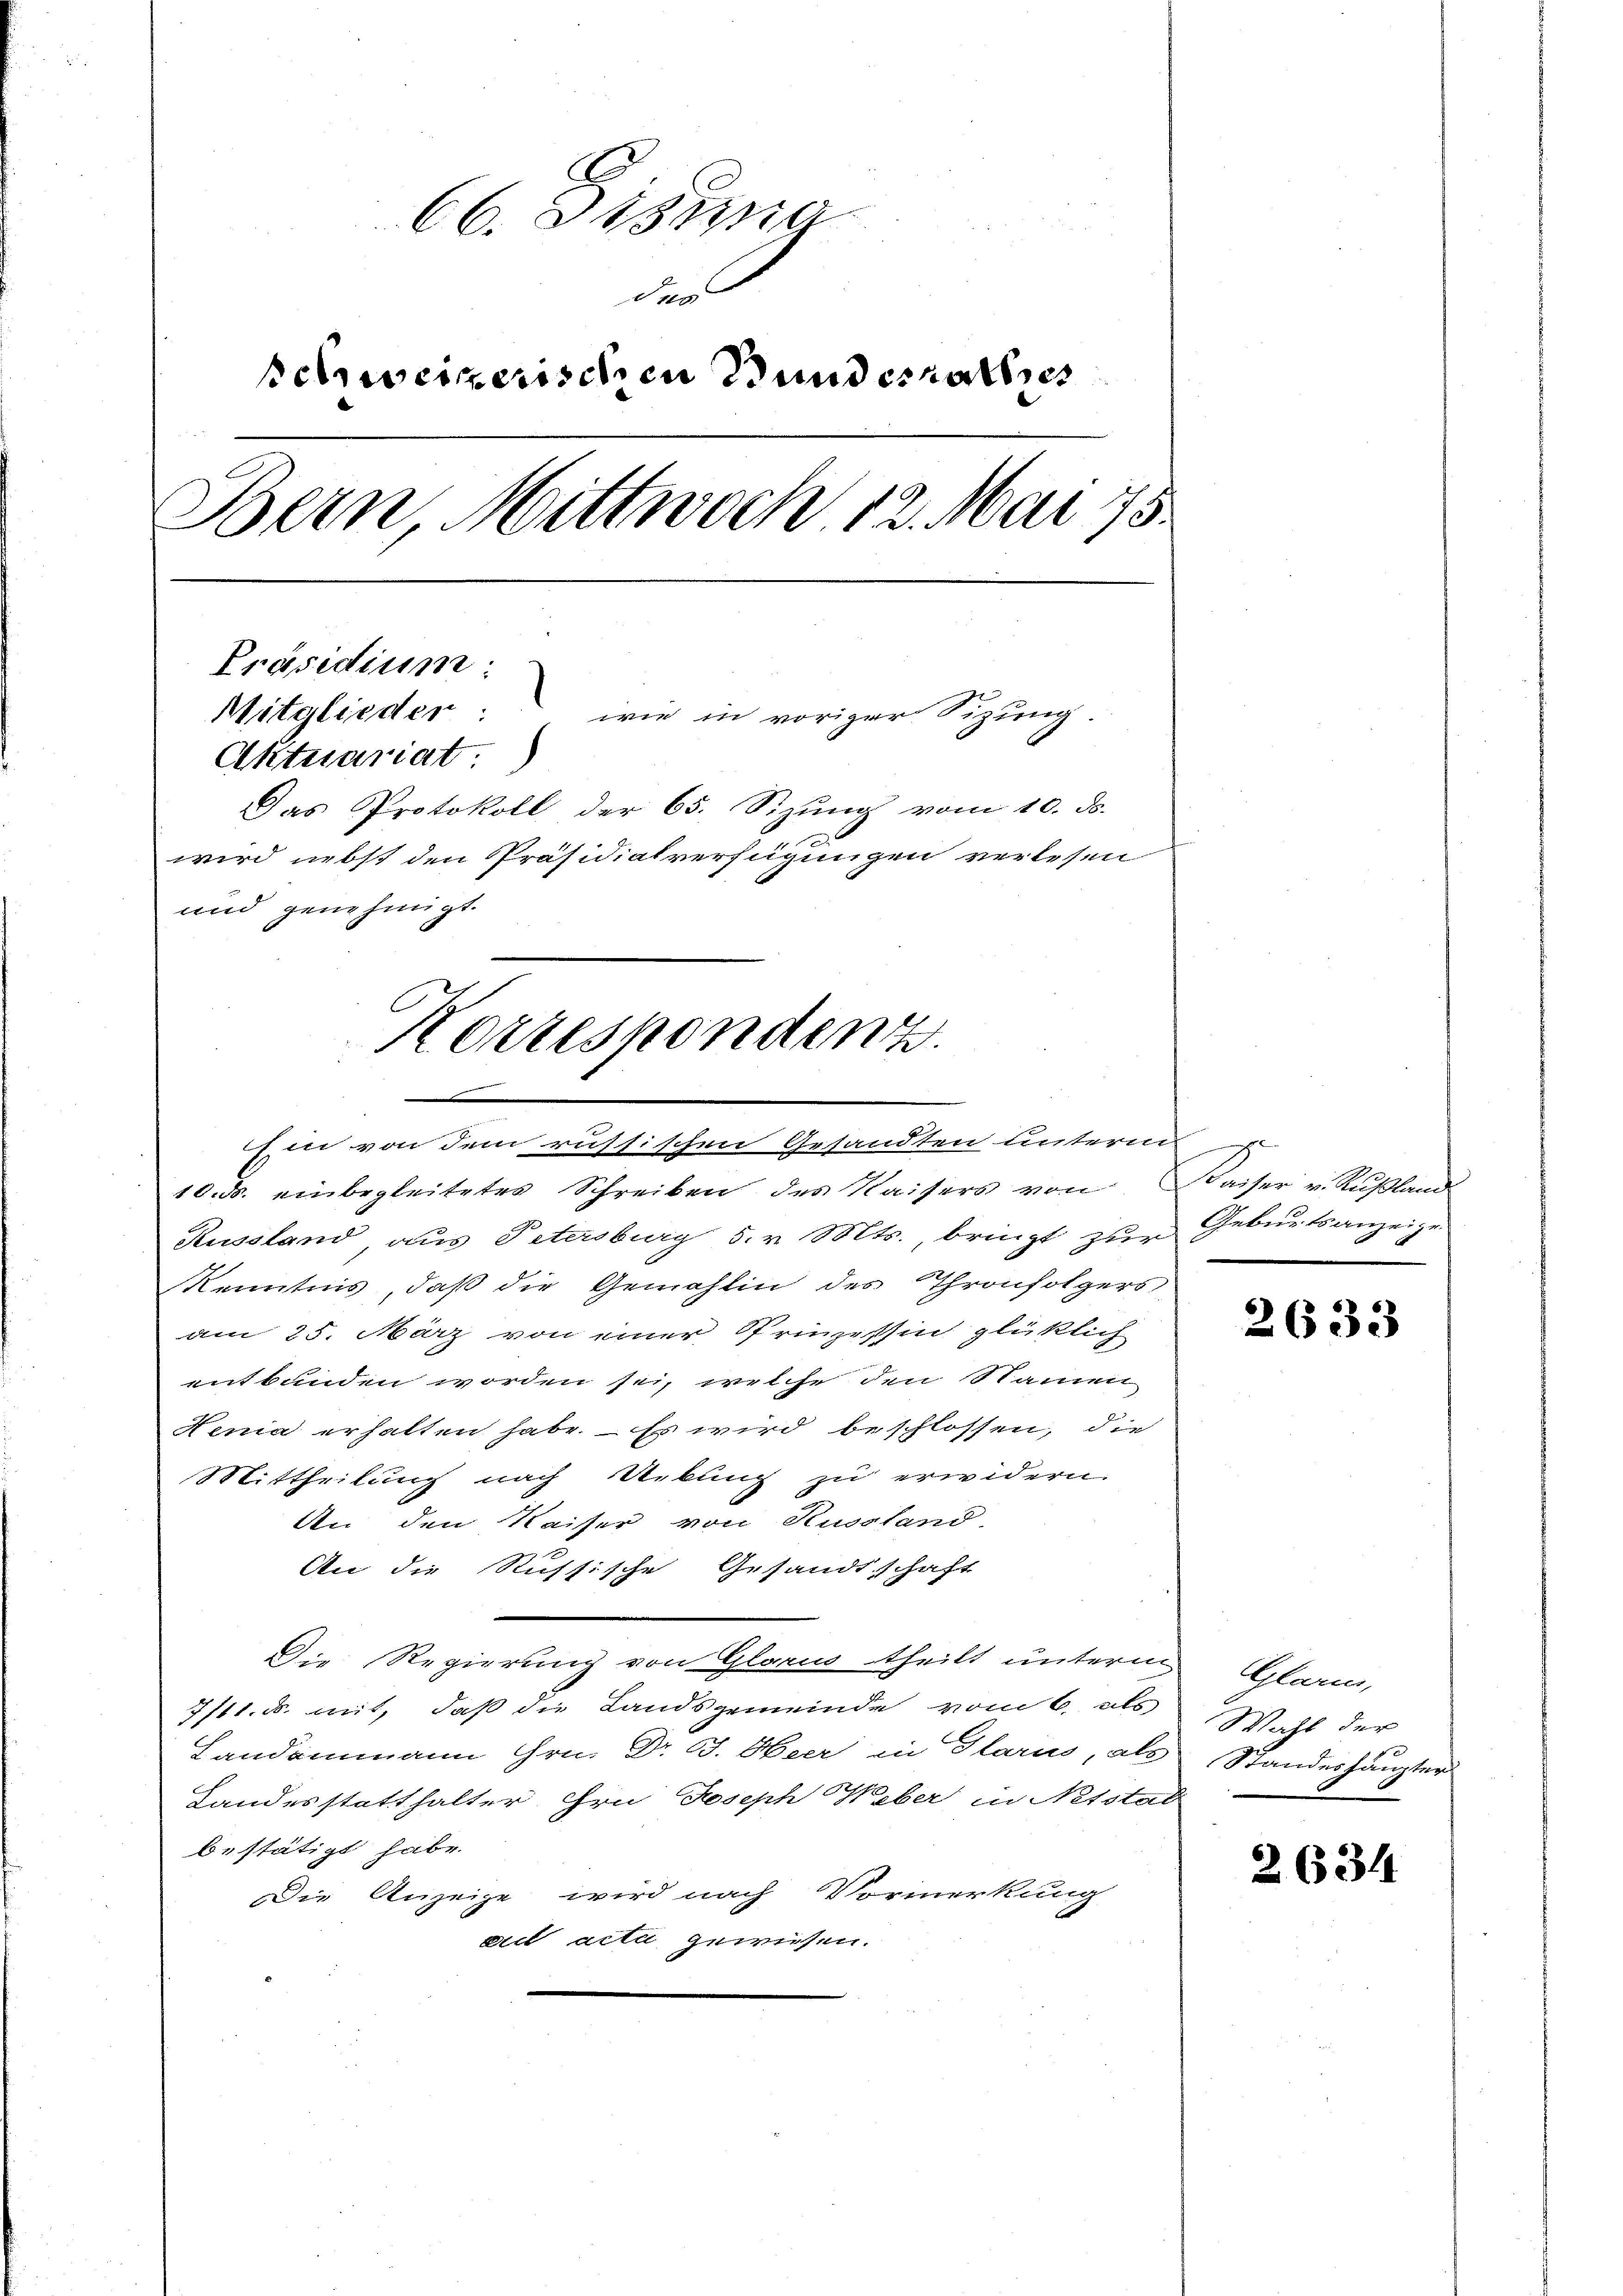
C
66. Distra
dus
schreizerischen Wundesrathes
Bern Mittwoch 12. Mai 175.
Präsidium:
Mitglieder:
wie in voriger Sitzung.
Attuariat.
Das Protokoll der 65. Sizung vom 10. ds.
wird nebst den Präsidialverfügungen verlesen
und genehmigt.

Korrespondenz.

Ein von dem russischen Gesandten unterm
10. ds. einbegleitetes Schreiben des Kaisers von Waiser v. Rußland
Russland aus Petersburg 5. v. Mts., bringt zur Geburtsanzeige
Kenntnis, daß die Gemahlin des Thronfolgers,
am 25. März von einer Prinzessin glücklich
entbunden worden sei, welche den Namen
Henia erhalten habe. Es wird beschlossen, die
Mittheilung nach Uebung zu erwidern.
An den Kaiser von Hussland
An die Russische Gesandtschaft
Die Regierung von Glarus theilt unterm
7/11. ds. mit, daß die Landsgemeinde vom 6. als
Landammann Hrn. Dr. B. Heer in Glarus, als
Landesstatthalter Ehrn Joseph Weber in Netstal
bestätigt habe.
Die Anzeige wird nach Vormerkung
cies acti gewiesen.

e

2633

Glarm,
Wahl der
Standeshaupter

2634